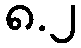
၈.၂